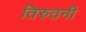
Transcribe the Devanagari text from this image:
तिरुतनी